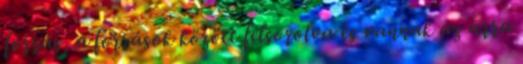
forrás, a források között felsorolva és vannak az arra